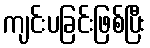
ကျင်းပခြင်းဖြစ်ပြီး